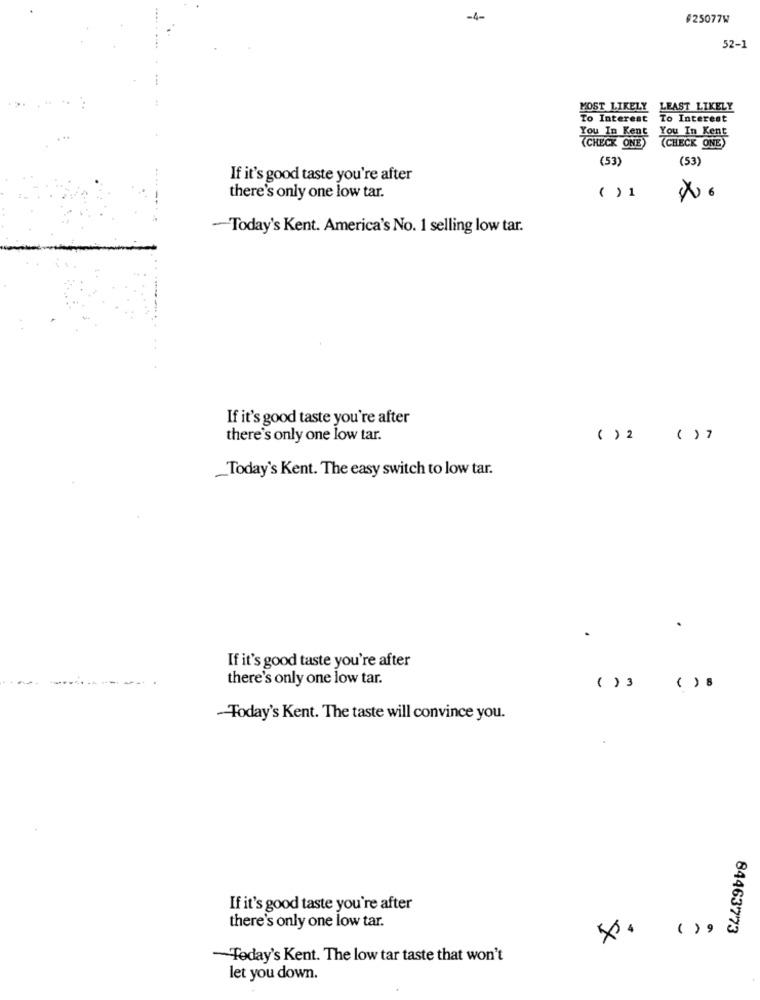
-4-
#25077W
52-1
MOST LIKELY
LEAST LIKELY
To Interest
To Interest
You In Kent You In Kent
(CHECK ONE)
(CHECK ONE)
(53)
(53)
If it's good taste you're after
there's only one low tar.
( ) 1
-Today's Kent. America's No. 1 selling low tar.
If it's good taste you're after
there's only one low tar.
( ) 2 ( > 7
_Today's Kent. The easy switch to low tar.
If it's good taste you're after
there's only one low tar.
( ) 3 ( ) 8
-Today's Kent. The taste will convince you.
If it's good taste you're after
there's only one low tar.
( ) ,
84463773
Today's Kent. The low tar taste that won't
let you down.